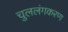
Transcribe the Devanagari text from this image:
चुललंगकरण